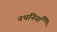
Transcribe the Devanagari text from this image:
नथनियाँ